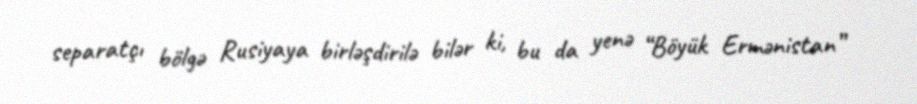
separatçı bölgə Rusiyaya birləşdirilə bilər ki, bu da yenə “Böyük Ermənistan”